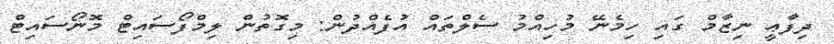
ދިފާޢީ ނިޒާމް ގައި ހިމެނޭ މުހިއްމު ސެލްތައް އުފެއްދުން: މިގޮތުން ލިމްފޯސައިޓް މޮނޯސައިޓް